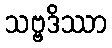
သဗ္ဗဒိဿာ